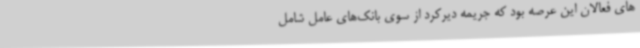
های فعالان این عرصه بود که جریمه دیرکرد از سوی بانک‌های عامل شامل